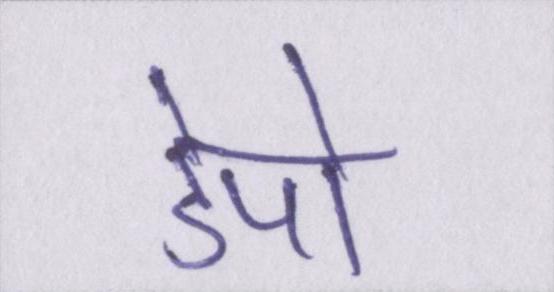
डेपो